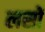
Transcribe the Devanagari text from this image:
लसों